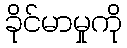
ခိုင်မာမှုကို